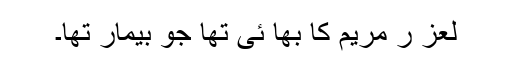
لعز ر مریم کا بھا ئی تھا جو بیمار تھا۔